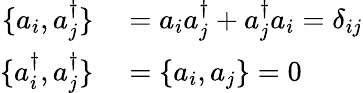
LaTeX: \begin{array}{rl}{\{ a_{i},a_{j}^{\dagger}\} }&{{}=a_{i}a_{j}^{\dagger}+a_{j}^{\dagger}a_{i}=\delta_{ij}}\\ {\{ a_{i}^{\dagger},a_{j}^{\dagger}\} }&{{}=\{ a_{i},a_{j}\} =0}\end{array}